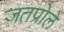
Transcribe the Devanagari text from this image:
जतप्रोले